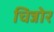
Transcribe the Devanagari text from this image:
चिन्नोर